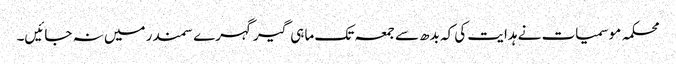
محکمہ موسمیات نے ہدایت کی کہ بدھ سے جمعہ تک ماہی گیرگہرے سمندر میں نہ جائیں۔